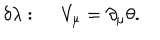
\delta \lambda : ~ ~ V _ { \mu } = \partial _ { \mu } \theta .